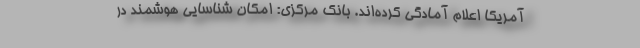
آمریکا اعلام آمادگی کرده‌اند. بانک مرکزی: امکان شناسایی هوشمند در